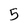
Character: 5